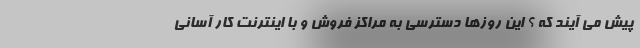
پیش می آیند که ؟ این روزها دسترسی به مراکز فروش و با اینترنت کار آسانی